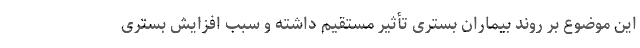
این موضوع بر روند بیماران بستری تأثیر مستقیم داشته و سبب افزایش بستری